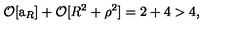
{ \cal O } [ \mathrm { \Large a } _ { R } ] + { \cal O } [ R ^ { 2 } + \rho ^ { 2 } ] = 2 + 4 > 4 ,